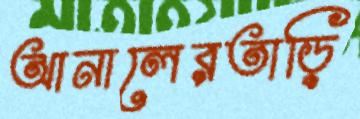
আনালেরতাড়ি